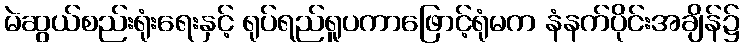
မဲဆွယ်စည်းရုံးရေးနှင့် ရုပ်ရည်ရူပကာဖြောင့်ရုံမက နံနက်ပိုင်းအချိန်၌